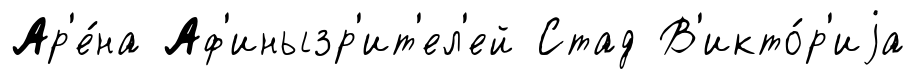
Ар'е́на Аф'инызр'ит'ел'ей Стад В'икто́р'иjа